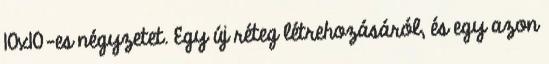
10x10-es négyzetet. Egy új réteg létrehozásáról, és egy azon